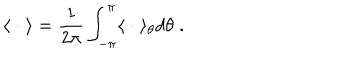
LaTeX: \langle \; \cdot \; \rangle = \frac { 1 } { 2 \pi } \int _ { - \pi } ^ { \pi } \langle \; \cdot \; \rangle _ { \theta } d \theta \; .